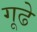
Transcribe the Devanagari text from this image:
गूढे